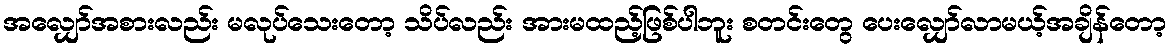
အလျှော်အစားလည်း မလုပ်သေးတော့ သိပ်လည်း အားမထည့်ဖြစ်ပါဘူး စတင်းတွေ ပေးလျှော်လာမယ့်အချိန်တော့